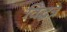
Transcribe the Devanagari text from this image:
विद्धत्र